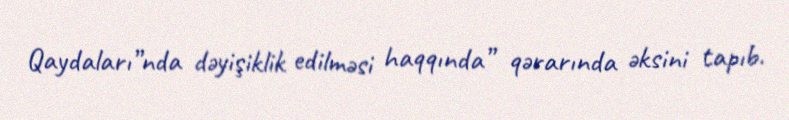
Qaydaları”nda dəyişiklik edilməsi haqqında” qərarında əksini tapıb.